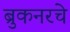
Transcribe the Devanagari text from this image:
ब्रुकनरचे